Annual administration report of the Civil Veterinary Department of India - 1897-1898
Year: 1897
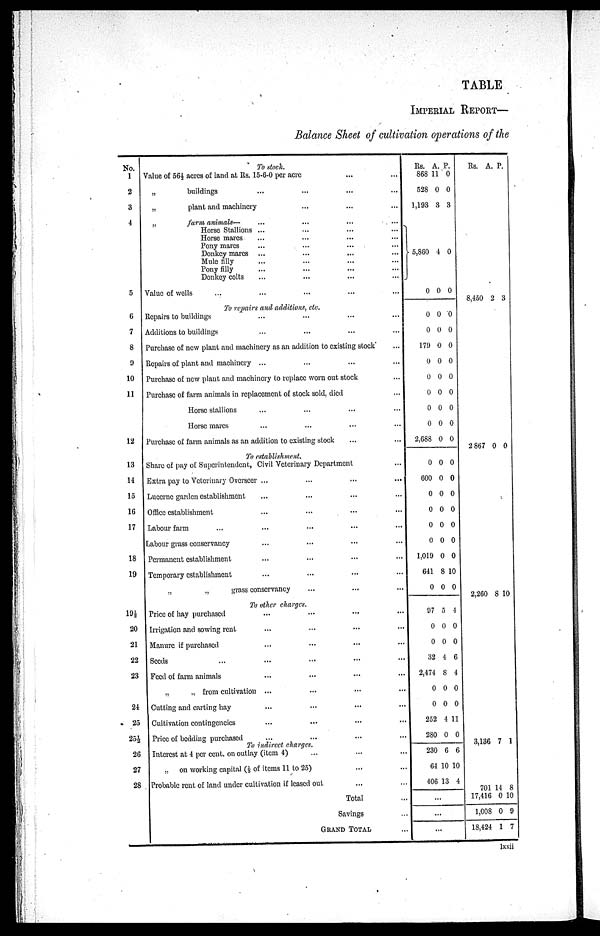
TABLE
IMPERIAL REPORT—
Balance Sheet of cultivation operations of the
No.
1
2
3
4
5
6
7
8
9
10
11
12
13
14
15
16
17
18
19
19½
20
21
22
23
24
25
25½
26
27
28
To stock.
Value of 56½ acres of land at Rs. 15-6-0 per acre ... ...
„
buildings ...
„
plant and machinery
„
farm animals— ...
Horse Stallions ...
Horse mares ...
Pony mares ...
Donkey mares ...
Mule filly ...
Pony filly ...
Donkey colts ...
Value of wells ... ...
To repairs and additions, etc.
Repairs to buildings ...
Additions to buildings ...
Purchase of new plant and machinery as an addition to existing stock ...
Repairs of plant and machinery ...
Purchase of new plant and machinery to replace worn out stock ...
Purchase of farm animals in replacement of stock sold, died ...
Horse stallions ... ... ...
Horse mares ... ... ...
Purchase of farm animals as an addition to existing stock
To establishment.
Share of pay of Superintendent, Civil Veterinary Department
Extra pay to Veterinary Overseer ...
Lucerne garden establishment ...
Office establishment ...
Labour farm ... ... ... ... ...
Labour grass conservancy ... ... ... ...
Permanent establishment ... ... ... ...
Temporary establishment ... ... ... ...
„
„
grass conservancy ... ... ...
Price of hay purchased ...
Irrigation and sowing rent ...
Manure if purchased ...
Seeds ... ...
Feed of farm animals ...
„
„
from cultivation ...
Cutting and carting hay ...
Cultivation contingencies ...
Price of bedding purchased ...
To indirect charges.
Interest at 4 per cent. on outlay (item 4)
„ on working capital (½ of items 11 to 25)
Probable rent of land under cultivation if leased out ... ...
Total...
Savings...
GRAND TOTAL ...
Rs.
868
528
1,193
5,860
0
0
0
179
0
0
0
0
0
2,688
0
600
0
0
0
0
1,019
641
0
97
0
0
32
2,474
0
0
252
280
230
64
406
A.
11
0
3
4
0
0
0
0
0
0
0
0
0
0
0
0
0
0
0
0
0
8
0
5
0
0
4
8
0
0
4
0
6
10
13
P.
0
0
3
0
0
0
0
0
0
0
0
0
0
0
0
0
0
0
0
0
0
10
0
4
0
0
6
4
0
0
11
0
6
10
4
...
...
...
Rs.
8,450
2 867
2,260
3,136
701
17,416
1,008
18,424
A.
2
0
8
7
14
0
0
1
P.
3
0
10
1
8
10
9
7
lxxii